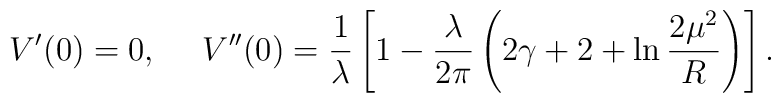
V'(0)=0, \ \ \ \ V''(0) = \frac{1}{\lambda} \left[ 1-\frac{\lambda}{2\pi} \left( 2\gamma + 2+ \ln \frac{2\mu^2}{R}\right) \right].